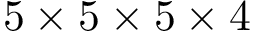
5 \times 5 \times 5 \times 4